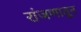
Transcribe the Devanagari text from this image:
रांजणातून